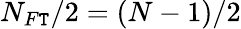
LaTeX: N_{F\mathtt{T}}/2=\left(N-1\right)/2